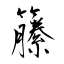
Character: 籘